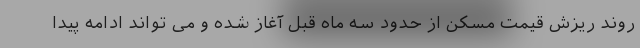
روند ریزش قیمت مسکن از حدود سه ماه قبل آغاز شده و می تواند ادامه پیدا